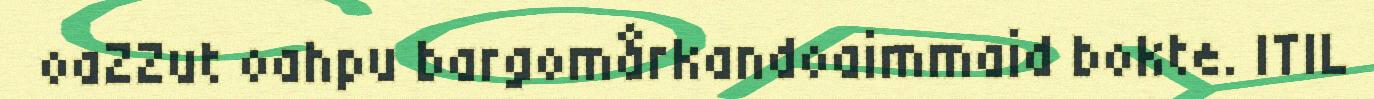
oaZZut oahpu bargomårkandoaimmaid bokte. ITIL